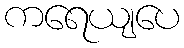
ကရေယျပေ